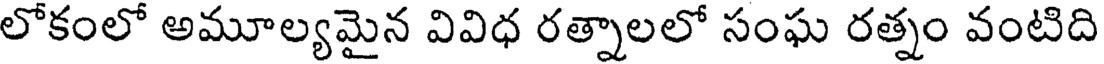
లోకంలో అమూల్యమైన వివిధ రత్నాలలో సంఘ రత్నం వంటిది